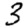
Digit: 3